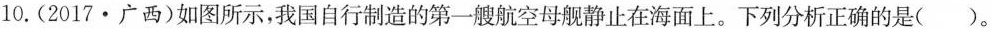
10.(2017·广西)如图所示，我国自行制造的第一艘航空母舰静止在海面上。下列分析正确的是()。